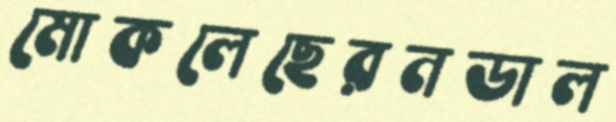
মোকলেছেরনডাল